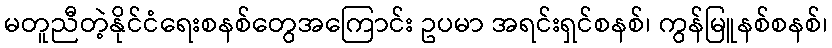
မတူညီတဲ့နိုင်ငံရေးစနစ်တွေအကြောင်း ဥပမာ အရင်းရှင်စနစ်၊ ကွန်မြူနစ်စနစ်၊